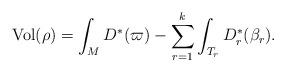
LaTeX: \begin{align*}\operatorname{Vol}(\rho) = \int_{M}^{}D^\ast(\varpi) - \sum_{r=1}^k\int_{T_r}^{}D_r^\ast(\beta_r).\end{align*}